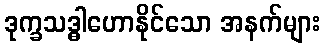
ဒုက္ခသဒ္ဓါဟောနိုင်သော အနက်များ